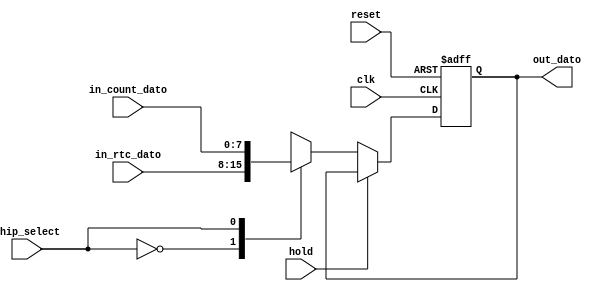
module Registro_Universal_1
#(parameter N = 8) 
(
	input wire hold,
	input wire [N-1:0]in_rtc_dato,
	input wire [N-1:0]in_count_dato,
	input wire clk, 
	input wire reset, 
	input wire chip_select, 
	output wire [N-1:0]out_dato
);
reg [N-1:0]reg_dato;
reg [N-1:0]next_dato;
always@(negedge clk, posedge reset)
begin
	if(reset) reg_dato <= 0;
	else reg_dato <= next_dato;
end
always@*
	begin
	if (~hold) begin
	case(chip_select)
	1'b0: next_dato = in_rtc_dato;
	1'b1: next_dato = in_count_dato;
	endcase
	end
	else next_dato = reg_dato;
	end
assign out_dato = reg_dato;
endmodule